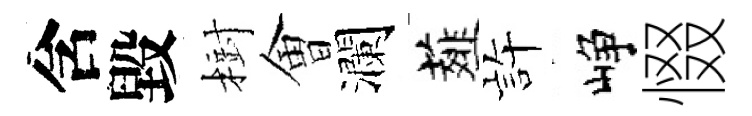
含毀𣗳㑹瀾薤静峥惙